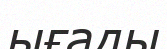
ығады